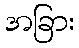
အခြား